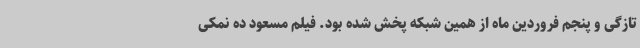
تازگی و پنجم فروردین ماه از همین شبکه پخش شده بود. فیلم مسعود ده نمکی